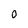
Character: 0